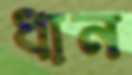
ধান